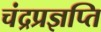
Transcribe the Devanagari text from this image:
चंद्रप्रज्ञप्ति